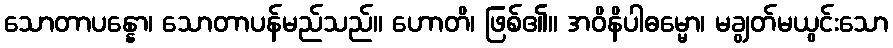
သောတာပန္နော၊ သောတာပန်မည်သည်။ ဟောတိ၊ ဖြစ်၏။ အဝိနိပါဓမ္မော၊ မချွတ်မယွင်းသော